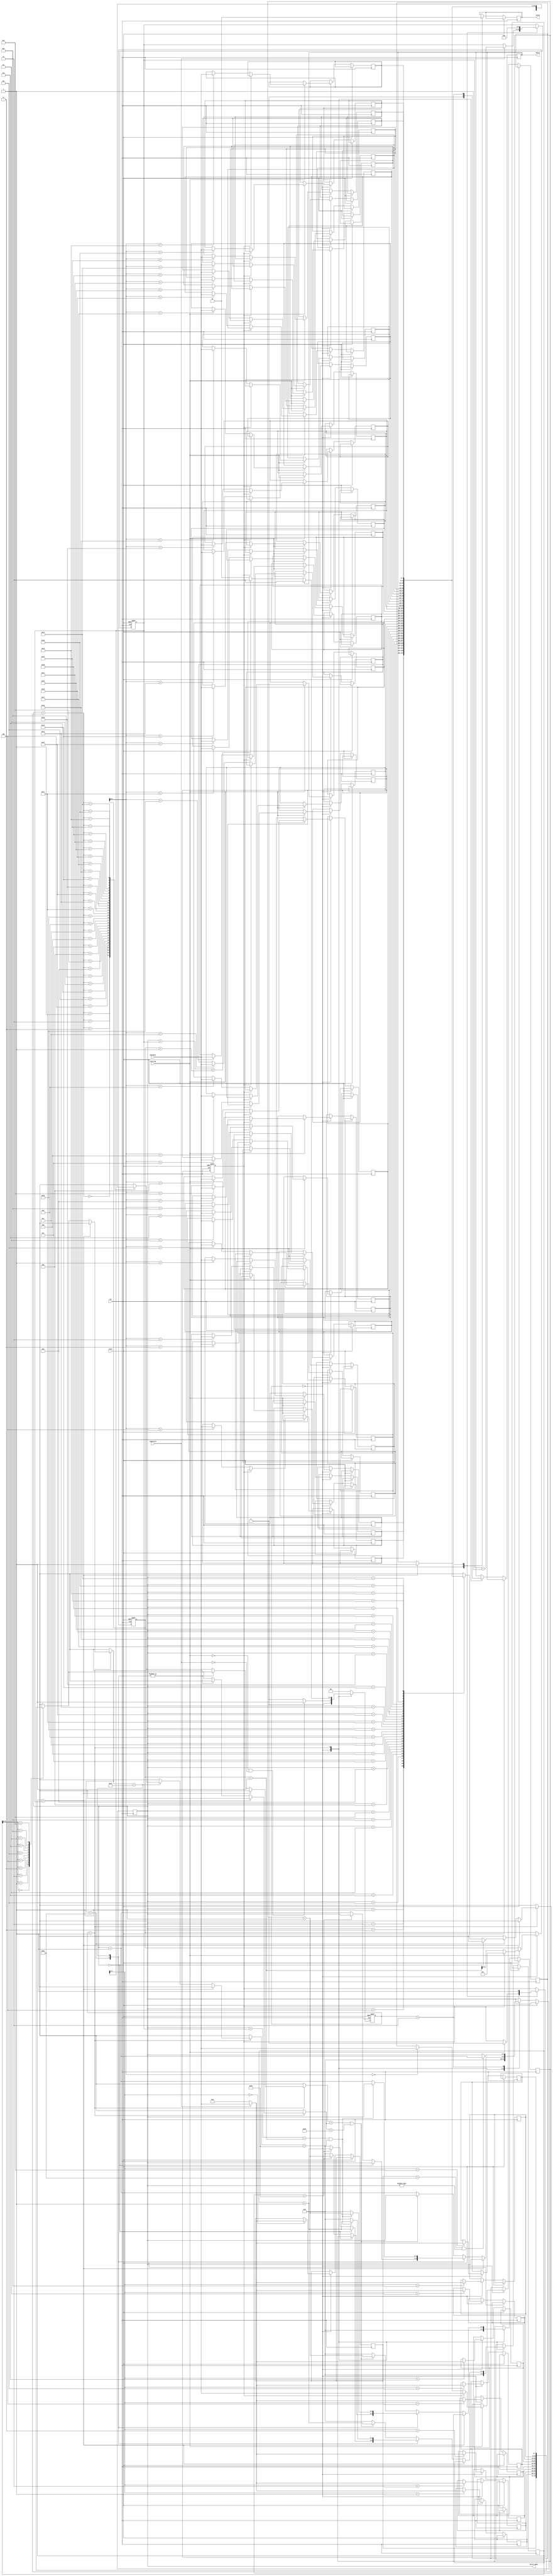
module SME(
    input clk,
    input reset,
    input [7:0] chardata,
    input isstring,
    input ispattern,
    output reg match,
    output reg [4:0] match_index,
    output reg valid
);

reg [1:0] current_state, next_state;
reg [7:0] string[0:31];
reg [7:0] pattern[0:9];
reg [5:0] string_len, pattern_len;
reg [4:0] str_counter, pat_counter;
reg change_string;

integer i;
parameter [1:0] LOAD    = 2'd0,
                MATCH   = 2'd1,
                OUTPUT  = 2'd2;


always @( posedge clk or posedge reset ) begin
    if( reset ) begin
        current_state <= LOAD;
        string_len <= +'d0;
        pattern_len <= 6'd0;
        change_string <= 1'd0;
    end
    else begin
        current_state <= next_state;
        case (current_state)
            LOAD: begin
                valid <= 1'd0;
                match <= 1'd0;
                match_index <= 5'd0;
                str_counter <= 5'd0;
                pat_counter <= 5'd0;

                if(isstring) begin
                    if(change_string) begin
                        change_string <= 1'd0;
                        string_len <= +'d1;
                        string[0] <= chardata;
                    end
                    else begin
                        string_len <= string_len + +'d1;
                        string[string_len] <= chardata;
                    end
                end
                pattern_len <= (ispattern) ? pattern_len + 6'd1 : pattern_len;
                pattern[pattern_len] <= (ispattern) ? chardata : 8'd0;
            end
            MATCH: begin  //   ^ = 8'd94     & = 8'd36     . = 8'd46
                if(pat_counter == pattern_len) begin
                    match <= 1'd1;
                end
                else begin
                    case (pattern[pat_counter])
                        8'd94: begin
                            if(match_index == 5'd0) begin
                                pat_counter <= pat_counter + 5'd1;
                            end
                            else if(string[match_index] == 8'd32) begin
                                str_counter <= str_counter + 5'd1;
                                pat_counter <= pat_counter + 5'd1;
                            end
                            else begin
                                match_index <= match_index + 5'd1;
                                str_counter <= 5'd0;
                                pat_counter <= 5'd0;
                            end
                        end
                        8'd36: begin
                            if((match_index + pattern_len) == string_len + +'d1 || string[match_index + str_counter] == 8'd32) begin
                                str_counter <= str_counter + 5'd1;
                                pat_counter <= pat_counter + 5'd1;
                            end
                            else begin
                                match_index <= match_index + 5'd1;
                                str_counter <= 5'd0;
                                pat_counter <= 5'd0;
                            end
                        end
                        default: begin
                            if(string[match_index + str_counter] == pattern[pat_counter] || pattern[pat_counter] == 8'd46) begin
                                str_counter <= str_counter + 5'd1;
                                pat_counter <= pat_counter + 5'd1;
                            end
                            else begin
                                match_index <= match_index + 5'd1;
                                str_counter <= 5'd0;
                                pat_counter <= 5'd0;
                            end
                        end 
                    endcase    
                end
            end
            OUTPUT: begin
                valid <= 1'd1;
                change_string <= 1'd1;
                match_index <= (pattern[0] == 8'd94 && match_index != 5'd0) ? match_index + 5'd1 : match_index;
                pattern_len <= 6'd0;
            end
        endcase
    end
end

always @(*) begin
    case (current_state)
        LOAD: begin
            if( isstring == 1'd0 && ispattern == 1'd0 ) 
                next_state = MATCH;
            else
                next_state = LOAD;
        end 
        MATCH: begin
            next_state =   (match) ? OUTPUT :
                            (({1'b0, match_index} + pattern_len) > string_len + 6'd1) ? OUTPUT : MATCH;
        end
        OUTPUT: begin
            next_state = LOAD;
        end
        default: begin
            next_state = LOAD;
        end 
    endcase
end



endmodule